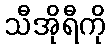
သီအိုရီကို